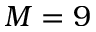
M = 9